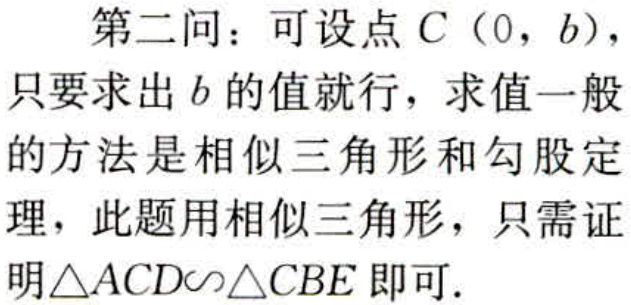
第二问：可设点\(C(0,b)\)，只要求出\(b\)的值就行，求值一般的方法是相似三角形和勾股定理，此题用相似三角形，只需证明\(\triangle ACD\sim\triangle CBE\)即可.